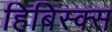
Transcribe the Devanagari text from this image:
हिबिस्क्‍स